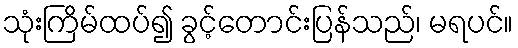
သုံးကြိမ်ထပ်၍ ခွင့်တောင်းပြန်သည်၊ မရပင်။